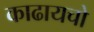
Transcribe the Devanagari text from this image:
काढायचो